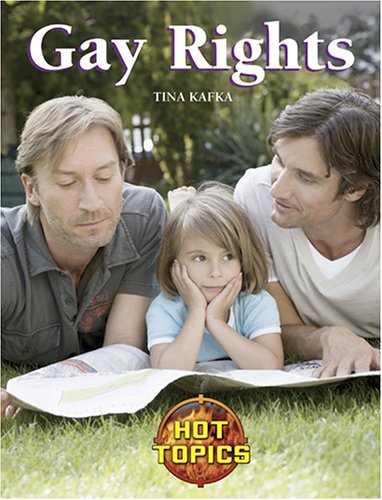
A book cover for Gay Rights (Hot Topics); Tina Kafka; Teen & Young Adult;